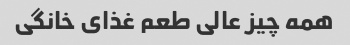
همه چیز عالی طعم غذای خانگی